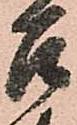
召